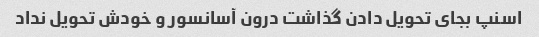
اسنپ بجای تحویل دادن گذاشت درون آسانسور و خودش تحویل نداد